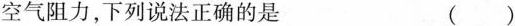
空气阻力，下列说法正确的是 ()